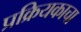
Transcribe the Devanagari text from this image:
प्रक्रियकाचा